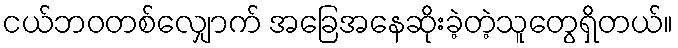
ငယ်ဘဝတစ်လျှောက် အခြေအနေဆိုးခဲ့တဲ့သူတွေရှိတယ်။